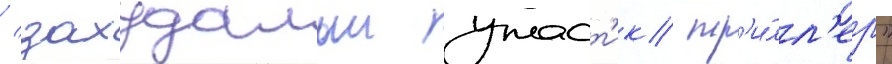
/ захудалыи ужаст'ик/ тр'и́лл'ер"